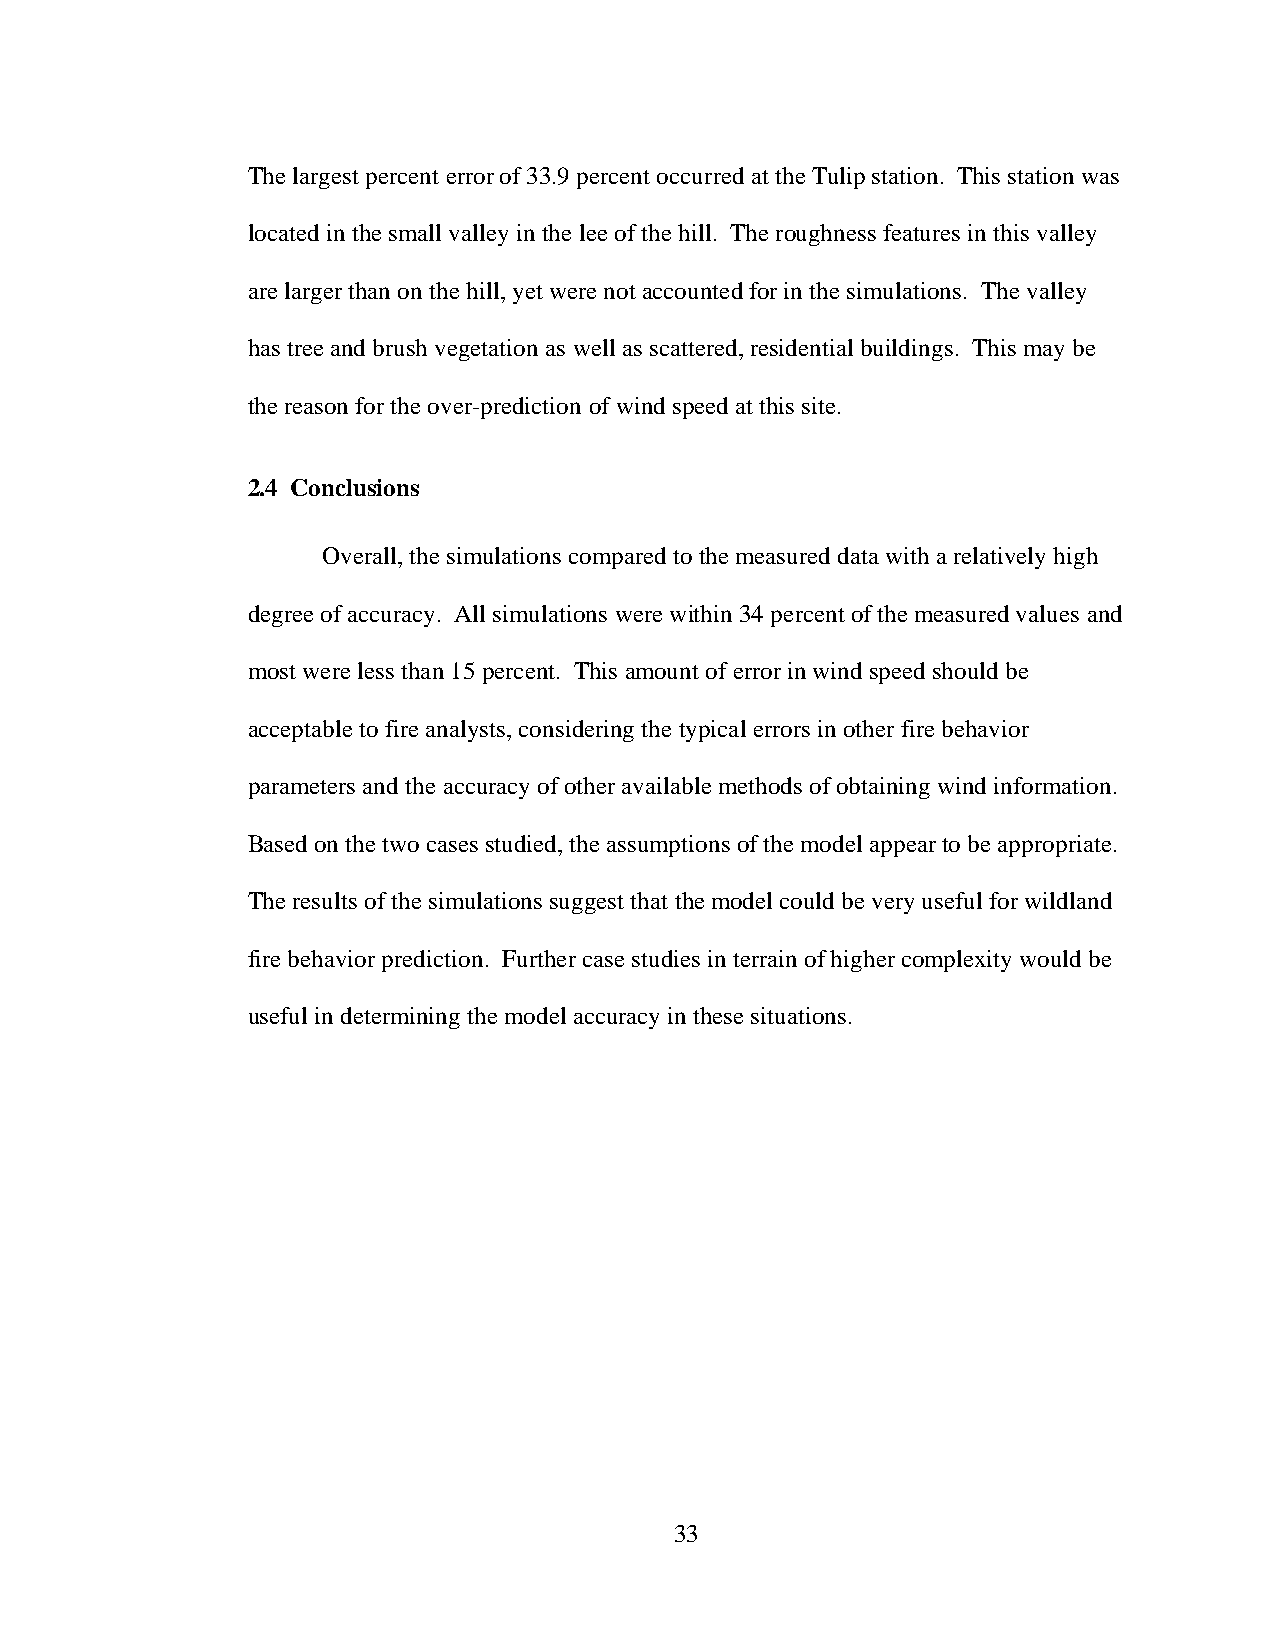
The largest percent error of 33.9 percent occurred at the Tulip station. This station was
 located in the small valley in the lee of the hill. The roughness features in this valley
 are larger than on the hill, yet were not accounted for in the simulations. The valley
 has tree and brush vegetation as well as scattered, residential buildings. This may be
 the reason for the over-prediction of wind speed at this site.
 2.4 Conclusions
 Overall, the simulations compared to the measured data with a relatively high
 degree of accuracy. All simulations were within 34 percent of the measured values and
 most were less than 15 percent. This amount of error in wind speed should be
 acceptable to fire analysts, considering the typical errors in other fire behavior
 parameters and the accuracy of other available methods of obtaining wind information.
 Based on the two cases studied, the assumptions of the model appear to be appropriate.
 The results of the simulations suggest that the model could be very useful for wildland
 fire behavior prediction. Further case studies in terrain of higher complexity would be
 useful in determining the model accuracy in these situations.
 33